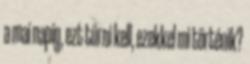
a mai napig, ezt tűrni kell, ezekkel mi történik?